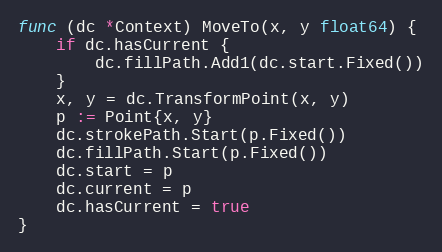
Language: Go
func (dc *Context) MoveTo(x, y float64) {
	if dc.hasCurrent {
		dc.fillPath.Add1(dc.start.Fixed())
	}
	x, y = dc.TransformPoint(x, y)
	p := Point{x, y}
	dc.strokePath.Start(p.Fixed())
	dc.fillPath.Start(p.Fixed())
	dc.start = p
	dc.current = p
	dc.hasCurrent = true
}